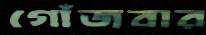
গোঁজবার